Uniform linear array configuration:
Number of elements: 12
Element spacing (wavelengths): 0.75
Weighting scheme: kaiser
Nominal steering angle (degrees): -15
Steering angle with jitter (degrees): -16.468
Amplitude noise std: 0.05
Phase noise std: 0.05

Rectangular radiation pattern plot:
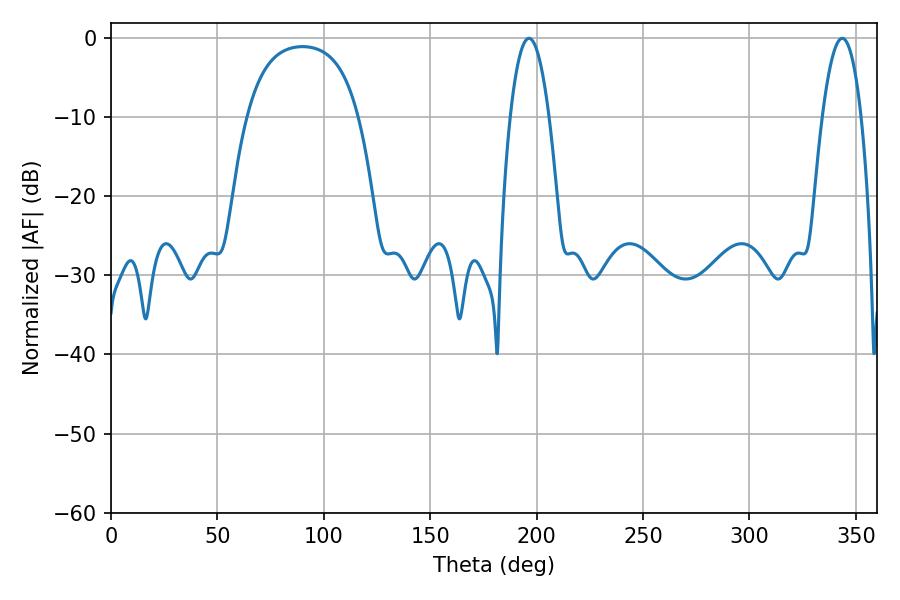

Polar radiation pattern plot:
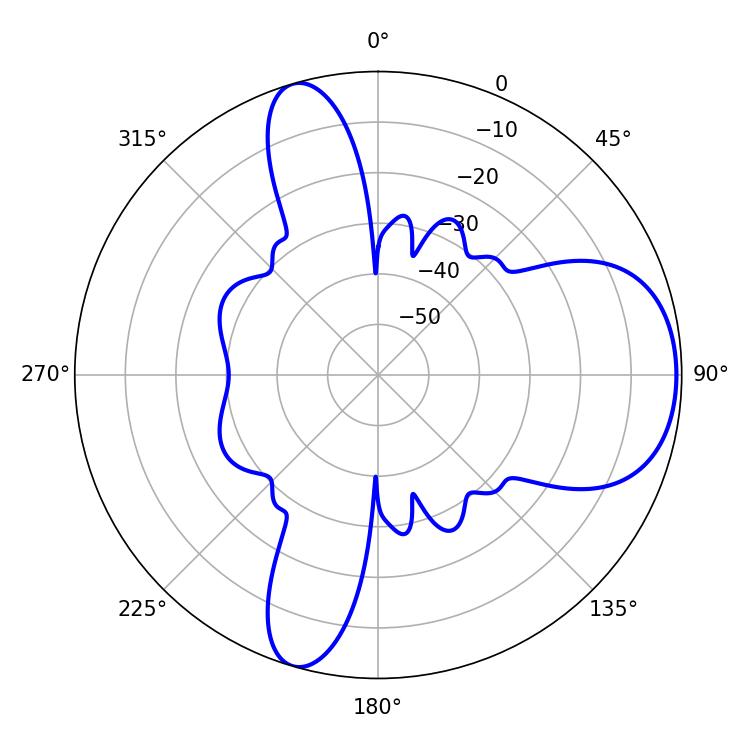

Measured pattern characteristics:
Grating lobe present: TRUE
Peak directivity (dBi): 7.359
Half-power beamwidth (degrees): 10.08
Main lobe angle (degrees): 196.38